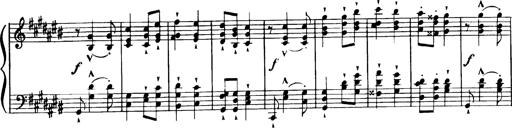
Title: Magyar dalok
Composer: Franz Liszt